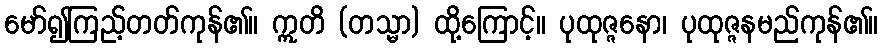
မော်၍ကြည့်တတ်ကုန်၏။ ဣတိ (တသ္မာ) ထို့ကြောင့်။ ပုထုဇ္ဇနော၊ ပုထုဇ္ဇနမည်ကုန်၏။